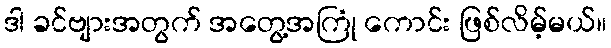
ဒါ ခင်ဗျားအတွက် အတွေ့အကြုံ ကောင်း ဖြစ်လိမ့်မယ်။